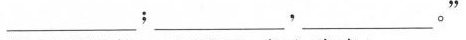
___；___，___。”